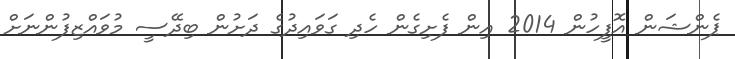
ޕެންޝަން އޮފީހުން 2014 އިން ފެށިގެން ހެދި ގަވައިދުގެ ދަށުން ބިދޭސީ މުވައްޒިފުންނަށް